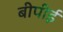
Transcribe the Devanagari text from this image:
बीपीई